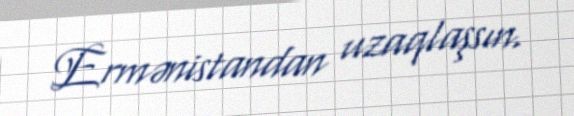
Ermənistandan uzaqlaşsın.